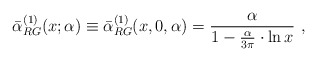
\begin{align*}\bar\alpha^{(1)}_{RG}(x;\alpha)\equiv \bar\alpha^{(1)}_{RG}(x,0,\alpha)=\frac{\alpha}{1-\frac{\alpha}{3\pi}\cdot\ln x}\,\,,\end{align*}